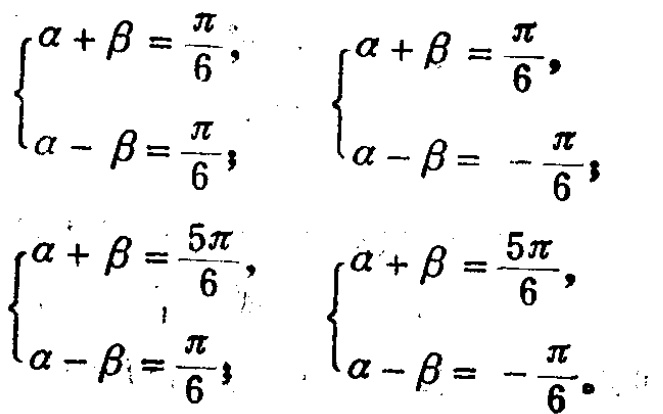
\[\begin{cases}

\alpha+\beta=\frac{\pi}{6},\\

\alpha - \beta=\frac{\pi}{6};

\end{cases}

\begin{cases}

\alpha+\beta=\frac{\pi}{6},\\

\alpha - \beta=-\frac{\pi}{6};

\end{cases}

\begin{cases}

\alpha+\beta=\frac{5\pi}{6},\\

\alpha - \beta=\frac{\pi}{6};

\end{cases}

\begin{cases}

\alpha+\beta=\frac{5\pi}{6},\\

\alpha - \beta=-\frac{\pi}{6}.

\end{cases}\]